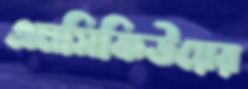
এমসিকিউয়ের